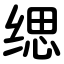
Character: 缌